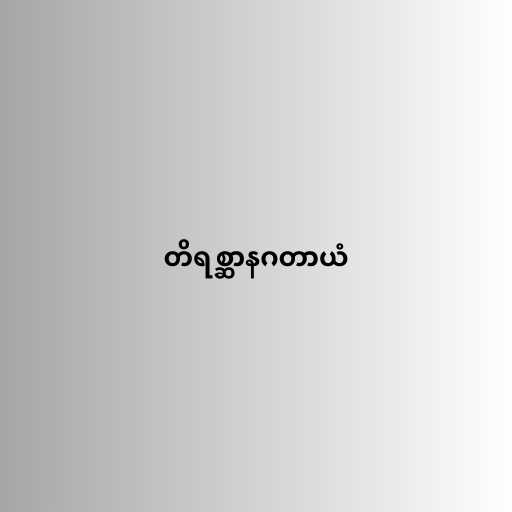
တိရစ္ဆာနဂတာယံ